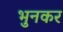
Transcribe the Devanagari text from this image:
भुनकर